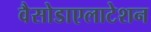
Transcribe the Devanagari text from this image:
वैसोडाएलाटेशन